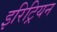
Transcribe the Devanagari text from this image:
इरिट्रियन